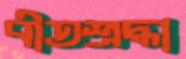
বীতশ্রদ্ধা